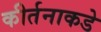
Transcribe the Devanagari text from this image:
कीर्तनाकडे